Indian journal of veterinary science and animal husbandry - Volume 2,
Year: 1932
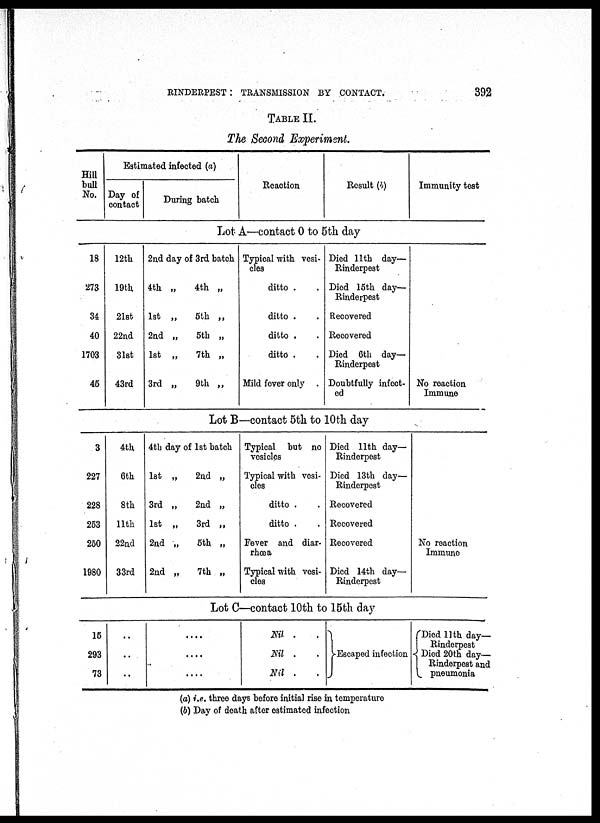
RINDERPEST : TRANSMISSION BY CONTACT.
392
TABLE II.
The Second Experiment.
Hill
bull
No.
Estimated infected (a)
Day of
contact
During batch
Reaction
Result (b)
Immunity test
Lot A—contact 0 to 5th day
18
273
34
40
1703
45
12th
19th
21st
22nd
31st
43rd
2nd day of 3rd batch
4th „
4th „
1st „
5th „
2nd „
5th „
1st „
7th „
3rd „
9th „
Typical with vesi-
cles
ditto .
ditto .
ditto .
ditto .
Mild fever only .
Died 11th day—
Rinderpest
Died 15th day—
Rinderpest
Recovered
Recovered
Died 6th day—
Rinderpest
Doubtfully infect-
ed
No reaction
Immune
Lot B—contact 5th to 10th day
3
227
228
253
250
1980
4th
6th
8th
11th
22nd
33rd
4th day of 1st batch
1st „
2nd „
3rd „
2nd „
1st „
3rd „
2nd „ 5th „
2nd „
7th „
Typical but no
vesicles
Typical with vesi-
cles
ditto .
ditto .
Fever and diar-
rhœa
Typical with vesi-
cles
Died 11th day—
Rinderpest
Died 13th day—
Rinderpest
Recovered
Recovered
Recovered
Died 14th day—
Rinderpest
No reaction
Immune
Lot C—contact 10th to 15th day
15
293
73
..
..
..
....
....
....
Nil ....
Nil . .
Nil .
Escaped infection
Died l1th day—
Rinderpest
Died 20th day—
Rinderpest and
pneumonia
(a) i.e. three days before initial rise in temperature
(b) Day of death after estimated infection